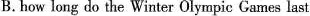
B. how long do the Winter Olympic Games last